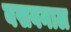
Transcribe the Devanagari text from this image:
बसवनाल